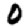
Digit: 0